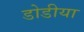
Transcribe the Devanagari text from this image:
डोडीया